Leucocytozoon canis - Number 26
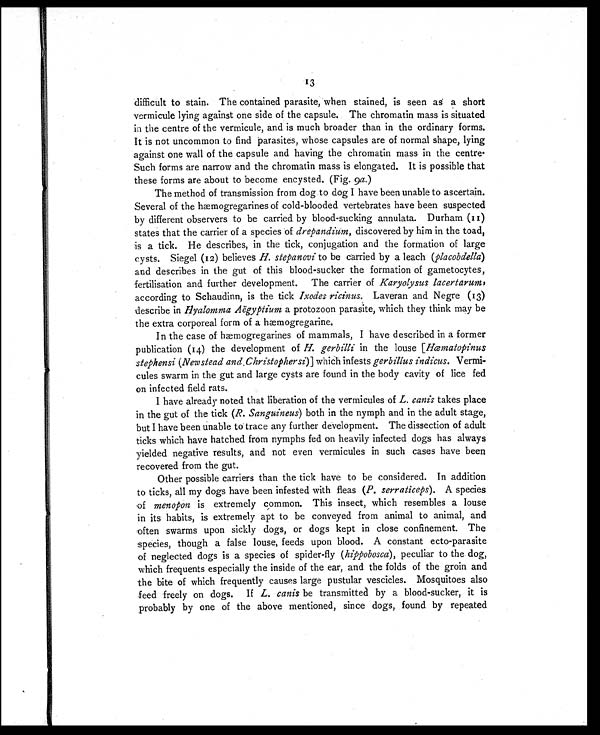
13
difficult to stain. The contained parasite, when stained, is seen as a short
vermicule lying against one side of the capsule. The chromatin mass is situated
in the centre of the vermicule, and is much broader than in the ordinary forms.
It is not uncommon to find parasites, whose capsules are of normal shape, lying
against one wall of the capsule and having the chromatin mass in the centre.
Such forms are narrow and the chromatin mass is elongated. It is possible that
these forms are about to become encysted. (Fig. 9 a.)
The method of transmission from dog to dog I have been unable to ascertain.
Several of the hæmogregarines of cold-blooded vertebrates have been suspected
by different observers to be carried by blood-sucking annulata. Durham (11)
states that the carrier of a species of drepandium, discovered by him in the toad,
is a tick. He describes, in the tick, conjugation and the formation of large
cysts. Siegel (12) believes H. stepanovi to be carried by a leach (placobdella)
and describes in the gut of this blood-sucker the formation of gametocytes,
fertilisation and further development. The carrier of Karyolysus lacertarum,
according to Schaudinn, is the tick Ixodes ricinus. Laveran and Negre (13)
describe in Hyalomma Aëgyptium a protozoon parasite, which they think may be
the extra corporeal form of a hæmogregarine.
In the case of hæmogregarines of mammals, I have described in a former
publication (14) the development of H. gerbilli in the louse [ Hæmatopinus
stephensi (Newstead and Christophersi)] which infests gerbillus indicus. Vermi-
cules swarm in the gut and large cysts are found in the body cavity of lice fed
on infected field rats.
I have already noted that liberation of the vermicules of L. canis takes place
in the gut of the tick (R. Sanguineus) both in the nymph and in the adult stage,
but I have been unable to trace any further development. The dissection of adult
ticks which have hatched from nymphs fed on heavily infected dogs has always
yielded negative results, and not even vermicules in such cases have been
recovered from the gut.
Other possible carriers than the tick have to be considered. In addition
to ticks, all my dogs have been infested with fleas ( P. serraticeps). A species
of menopon is extremely common. This insect, which resembles a louse
in its habits, is extremely apt to be conveyed from animal to animal, and
often swarms upon sickly dogs, or dogs kept in close confinement. The
species, though a false louse, feeds upon blood. A constant ecto-parasite
of neglected dogs is a species of spider-fly ( hippobosca), peculiar to the dog,
which frequents especially the inside of the ear, and the folds of the groin and
the bite of which frequently causes large pustular vescicles. Mosquitoes also
feed freely on dogs. If L. canis be transmitted by a blood-sucker, it is
probably by one of the above mentioned, since dogs, found by repeated